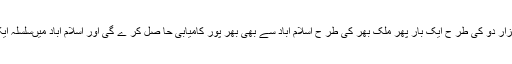
انھوں نے کہا متحدہ مجلس عمل دو ہزار دو کی طر ح ایک بار پھر ملک بھر کی طر ح اسلام آباد سے بھی بھر پور کامیابی حا صل کر ے گی اور اسلام آباد میںسلسلہ ایک بار دو بارہ شر وع کیا جا ئے گا ۔